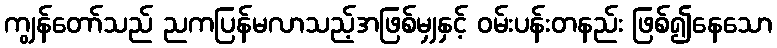
ကျွန်တော်သည် ညကပြန်မလာသည့်အဖြစ်မျှနှင့် ဝမ်းပန်းတနည်း ဖြစ်၍နေသော